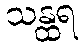
သန္ထရ